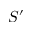
S ^ { \prime }